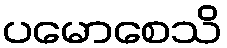
ပမောစေသိ